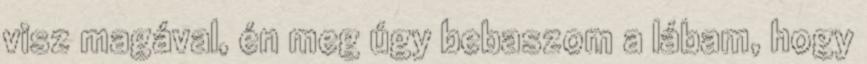
visz magával, én meg úgy bebaszom a lábam, hogy